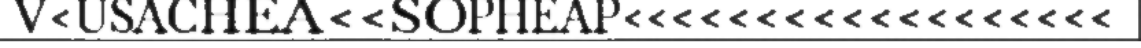
V<USACHEA<<SOPHEAP<<<<<<<<<<<<<<<<<<